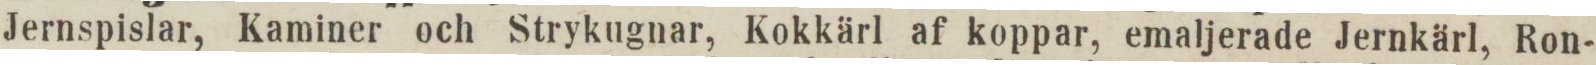
Jernspislar, Kaminer och Strykugnar, Kokkärl af koppar, emaljerade Jernkärl, Ron-